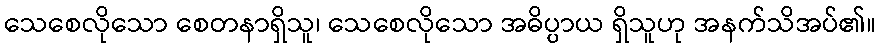
သေစေလိုသော စေတနာရှိသူ၊ သေစေလိုသော အဓိပ္ပာယ ရှိသူဟု အနက်သိအပ်၏။